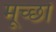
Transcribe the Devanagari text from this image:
मूच्छों